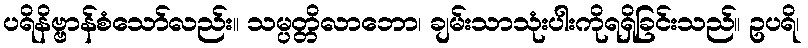
ပရိနိဗ္ဗာန်စံသော်လည်း။ သမ္ပတ္တိလာဘော၊ ချမ်းသာသုံးပါးကိုရရှိခြင်းသည်။ ဥပရိ၊